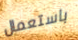
باستعمال